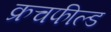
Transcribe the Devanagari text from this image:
क्रचफील्ड